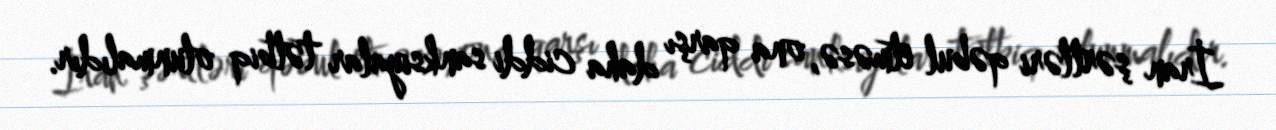
İran şərtləri qəbul etməsə, ona qarşı daha ciddi sanksiyalar tətbiq olunmalıdır.